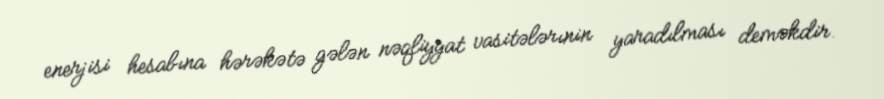
enerjisi hesabına hərəkətə gələn nəqliyyat vasitələrınin yaradılması deməkdir.